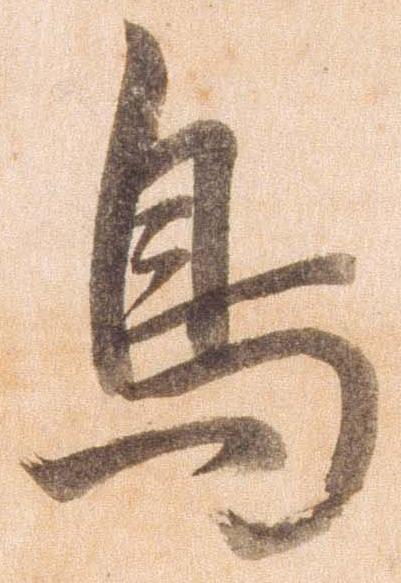
鳥